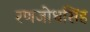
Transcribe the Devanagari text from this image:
रणजोधसिंह